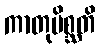
ကာတုမိစ္ဆတိ